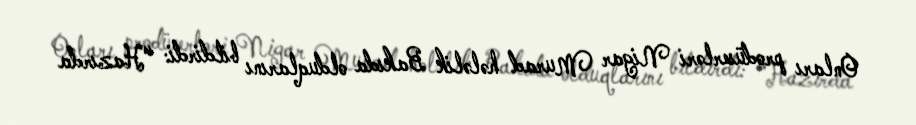
Onları prodüserləri Nigar Murad hələlik Bakıda olduqlarını bildirdi: “Hazırda